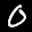
Label: 0